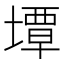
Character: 墰